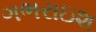
ગભરાઇશ